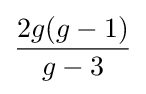
{\frac {2g(g-1)}{g-3}}